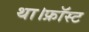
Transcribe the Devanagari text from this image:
था।फ्रॉस्ट